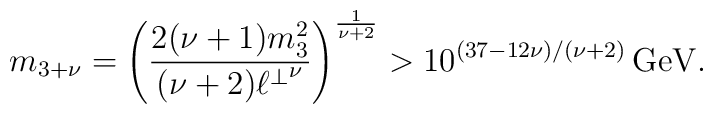
m_{3+\nu}=\left(\frac{2(\nu+1)m_3^2}{(\nu+2){\ell^\perp}^\nu}\right)^{\frac{1}{\nu+2}}>10^{(37-12\nu)/(\nu+2)}\,\mbox{GeV}.